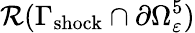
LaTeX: \mathcal{R}(\Gamma_{\mathrm{shock}}\cap\partial\Omega_{\varepsilon}^{5})